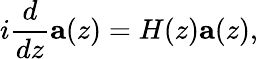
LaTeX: i\frac{d}{dz}\mathbf{a}(z)=H(z)\mathbf{a}(z),